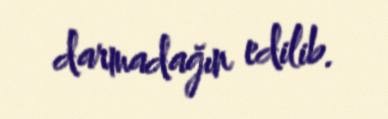
darmadağın edilib.